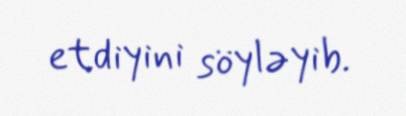
etdiyini söyləyib.